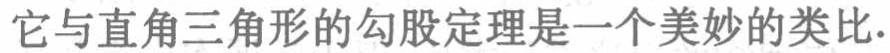
它与直角三角形的勾股定理是一个美妙的类比.